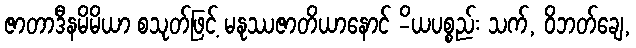
ဇာတာဒီနမိမိယာ စသုတ်ဖြင့် မနုဿဇာတိယာနောင် -ိယပစ္စည်း သက်, ဝိဘတ်ချေ,